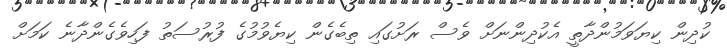
ކުދިން ކިޔަވަމުންދާތީ އެކުދިންނަށް ވެސް ރަށުގައި ތިބެގެން ކިޔެވުމުގެ ފުރުސަތު ފަހިވެގެންދާނެ ކަމަށް